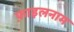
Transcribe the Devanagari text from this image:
फ़ाइलनाम